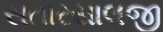
સતારસાલજી